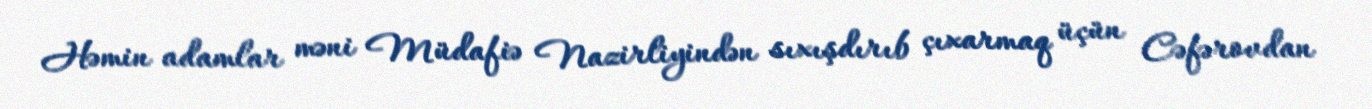
Həmin adamlar məni Müdafiə Nazirliyindən sıxışdırıb çıxarmaq üçün Cəfərovdan